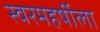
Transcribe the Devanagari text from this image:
स्वरमहर्षीला